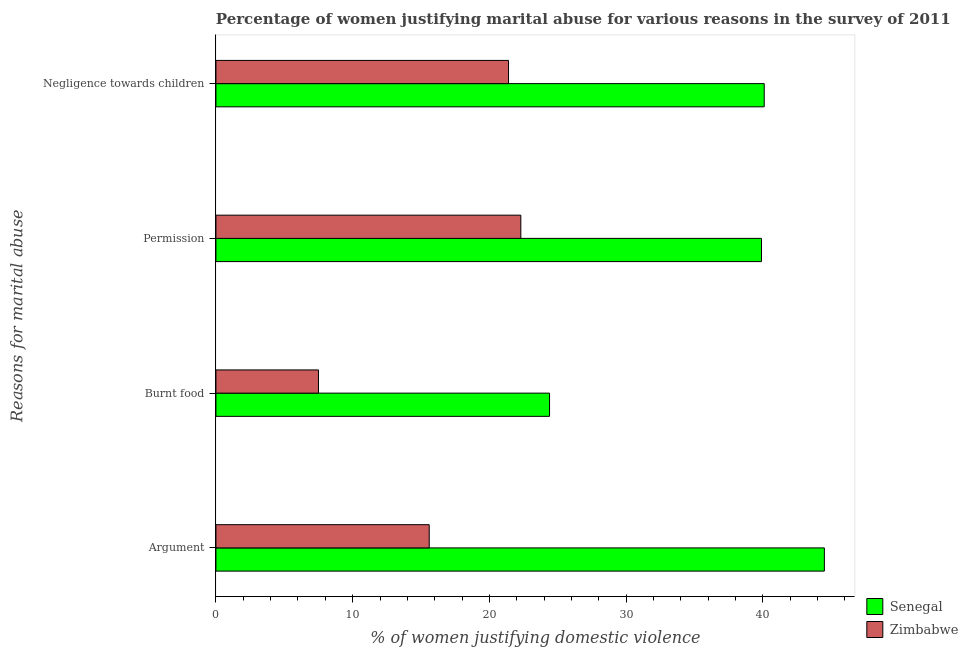
| Reasons for marital abuse | Senegal | Zimbabwe |
 | --- | --- | --- |
 | Argument | 44.5 | 15.6 |
 | Burnt food | 24.4 | 7.5 |
 | Permission | 39.9 | 22.3 |
 | Negligence towards children | 40.1 | 21.4 |